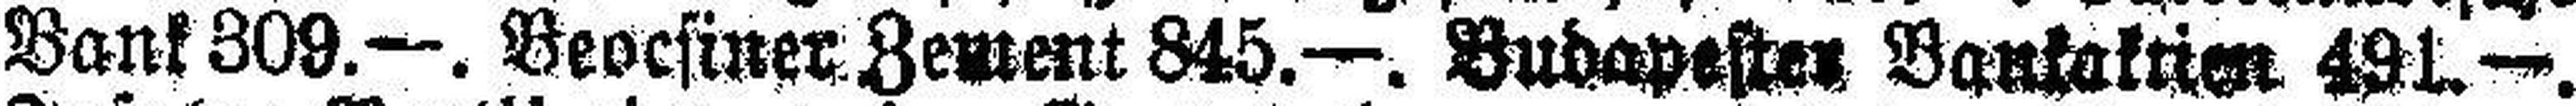
Bank 309.—. Beocsiner Zement 845.—. Budapesten. Bankaktien 491.—.